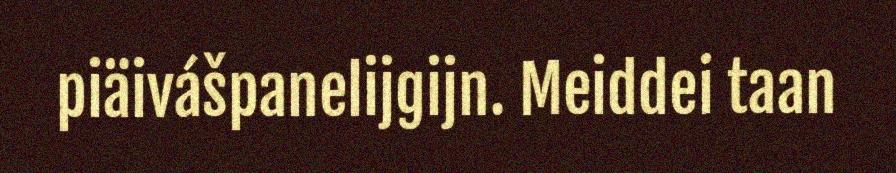
piäivášpanelijgijn. Meiddei taan